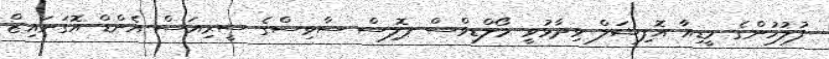
ފުލުހުންގެ މީޑިއާ އޮފިޝަލް ވިދާޅުވީ މޯލްޑިވްސް ޕޮލިސް ސާވިސްގެ ސީރިއަސް އެންޑް އޮގަނައިޒް